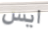
ايس